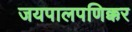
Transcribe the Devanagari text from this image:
जयपालपणिक्कर